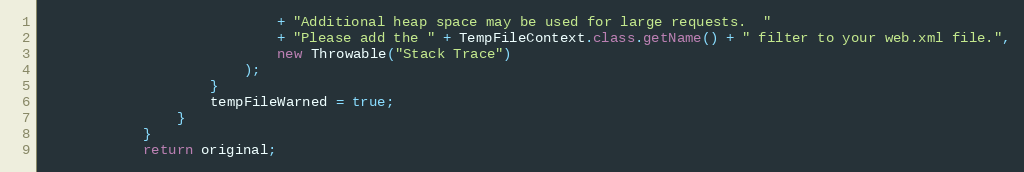
Language: Java
							+ "Additional heap space may be used for large requests.  "
							+ "Please add the " + TempFileContext.class.getName() + " filter to your web.xml file.",
							new Throwable("Stack Trace")
						);
					}
					tempFileWarned = true;
				}
			}
			return original;